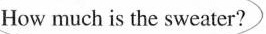
How much is the sweater?